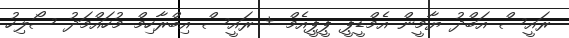
ރައީސް އަބްދު ޔާމީން އެމްޑީޕީ ޕީޕީއެމް + ރައީސް އިބްރާހިމް މުހައްމަދު ސޯލިހު